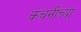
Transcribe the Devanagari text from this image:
कंचनीच्या